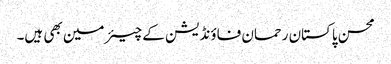
محسن پاکستان رحمان فاؤنڈیشن کے چیئرمین بھی ہیں۔